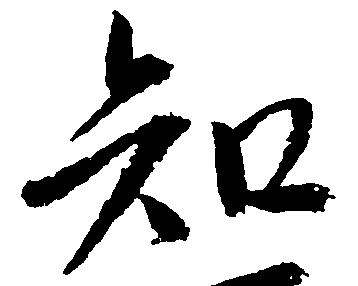
知